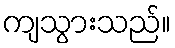
ကျသွားသည်။